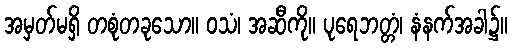
အမှတ်မရှိ တစုံတခုသော။ ဝသံ၊ အဆီကို။ ပုရေဘတ္တံ၊ နံနက်အခါ၌။